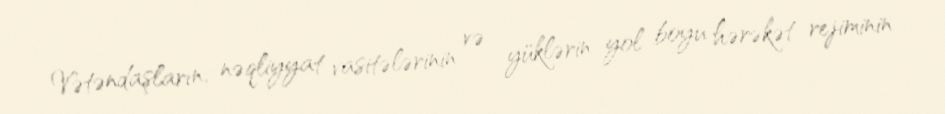
Vətəndaşların, nəqliyyat vasitələrinin və yüklərin yol boyu hərəkət rejiminin